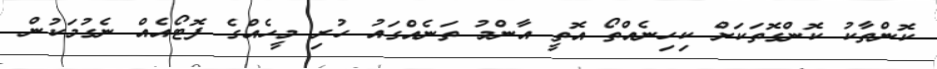
ކޮންތާކު ކޮންގޮތަކަށް ކިހިނެއްތޯ އޮތީ އާންމު ތަނެއްގައު ހުރި މީހެއްގެ ފޮޓޯއެއް ނެގުމަކުން